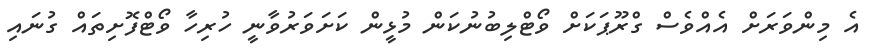
އެ މިންވަރަށް އެއްވެސް ގްރޫޕަކަށް ވޯޓްލިބުނުކަން މުޅީން ކަށަވަރުވާނީ ހުރިހާ ވޯޓްފޮށިތައް ގުނައި